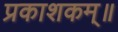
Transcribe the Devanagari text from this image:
प्रकाशकम्॥